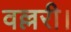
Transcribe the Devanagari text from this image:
वल्लरी।